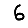
Digit: 6